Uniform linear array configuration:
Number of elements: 48
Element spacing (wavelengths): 0.5
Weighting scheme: hamming
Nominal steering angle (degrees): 30
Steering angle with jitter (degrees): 30.084
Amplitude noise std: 0.05
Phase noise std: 0.05

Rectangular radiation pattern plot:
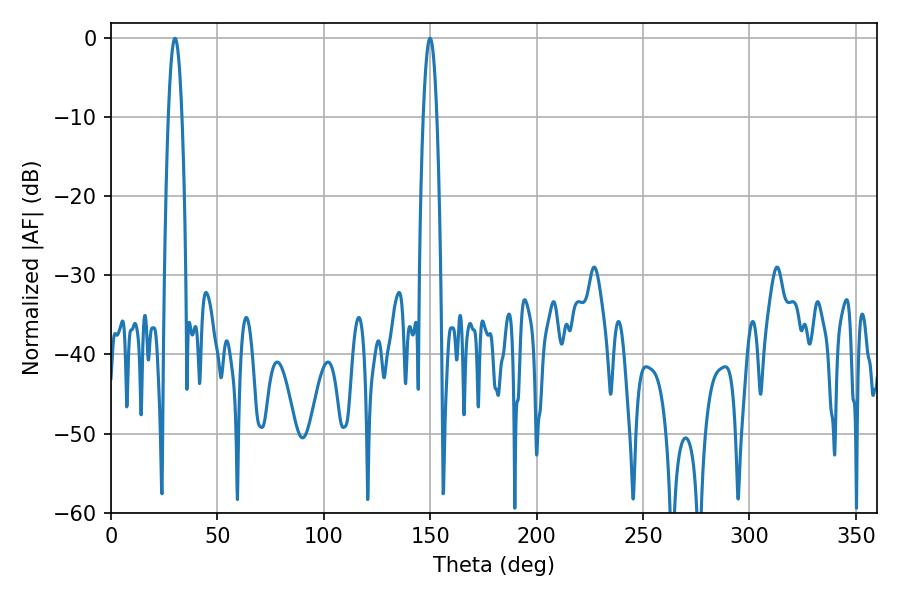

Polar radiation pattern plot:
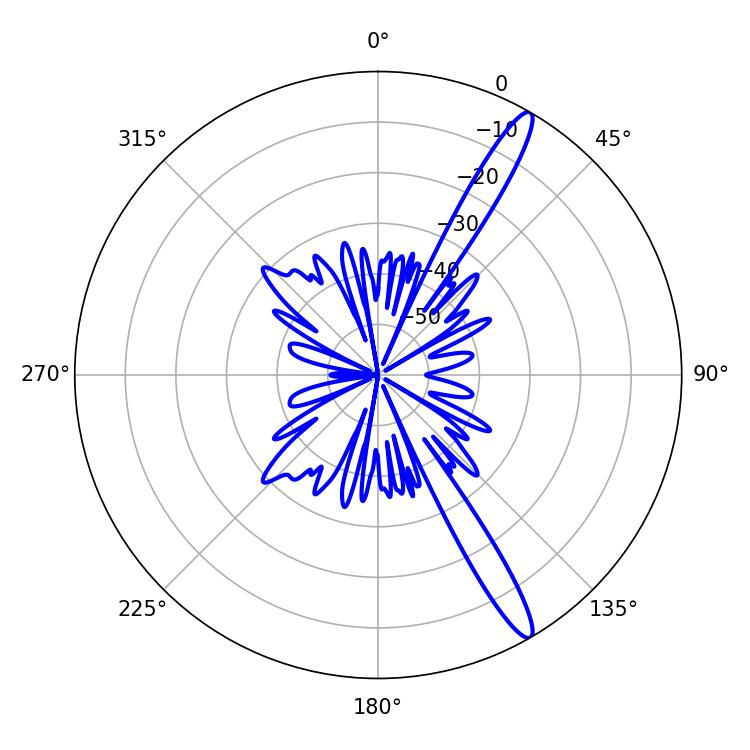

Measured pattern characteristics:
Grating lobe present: FALSE
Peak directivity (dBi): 14.762
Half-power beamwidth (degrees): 3.42
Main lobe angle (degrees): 30.06